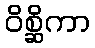
ဝိစ္ဆိကာ